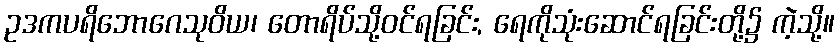
ဥဒကပရိဘောဂေသုဝိယ၊ တောရိပ်သို့ဝင်ရခြင်း, ရေကိုသုံးဆောင်ရခြင်းတို့၌ ကဲ့သို့။